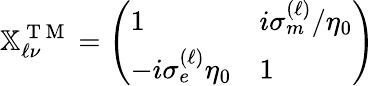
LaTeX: \mathbb{X}_{\ell\nu}^{\mathrm{~T~M~}}=\left(\begin{array}{ll}{1}&{i\sigma_{m}^{(\ell)}/\eta_{0}}\\ {-i\sigma_{e}^{(\ell)}\eta_{0}}&{1}\end{array}\right)